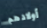
أولادهم